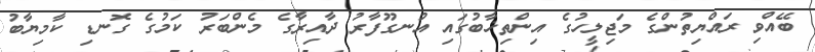
ބޭއްވި ރައްޔިތުންގެ މަޖިލީހުގެ އިންތިޚާބުގައި އުނގޫފާރު ދާއިރާގެ މެންބަރު ކަމުގެ ގޮނޑި ކާމިޔާބު